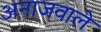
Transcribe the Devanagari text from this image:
अनाजवाले